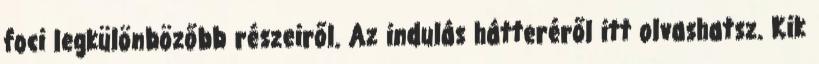
foci legkülönbözőbb részeiről. Az indulás hátteréről itt olvashatsz. Kik